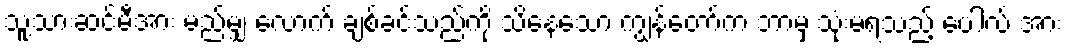
သူ့သားဆင်မီအား မည်မျှ လောက် ချစ်ခင်သည်ကို သိနေသော ကျွန်တော်က ဘာမှ သုံးမရသည့် ပေါလ် အား